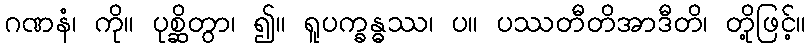
ဂဏနံ၊ ကို။ ပုစ္ဆိတွာ၊ ၍။ ရူပက္ခန္ဓဿ၊ ပ။ ပဿတီတိအာဒီတိ၊ တို့ဖြင့်။